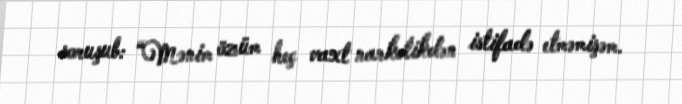
soruşub: “Mənim özüm heç vaxt narkotikdən istifadə etməmişəm.